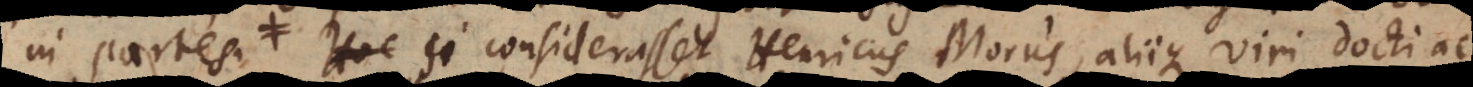
in partes. Hoc si considerasset Henricus Morus, aliique viri docti ac